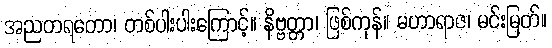
အညတရတော၊ တစ်ပါးပါးကြောင့်။ နိဗ္ဗတ္တာ၊ ဖြစ်ကုန်။ မဟာရာဇ၊ မင်းမြတ်။